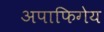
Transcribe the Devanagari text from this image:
अपाफिगेय